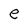
Character: e